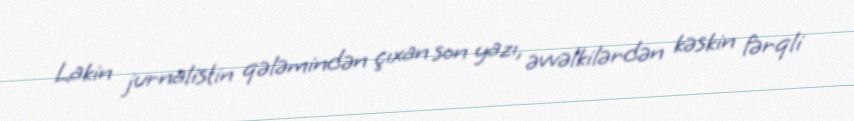
Lakin jurnalistin qələmindən çıxan son yazı, əvvəlkilərdən kəskin fərqli